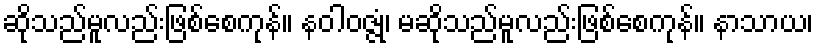
ဆိုသည်မူလည်းဖြစ်စေကုန်။ နဝါဝဇ္ဇုံ၊ မဆိုသည်မူလည်းဖြစ်စေကုန်။ နာသာယ၊